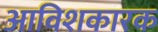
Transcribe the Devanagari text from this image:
आविशकारक